画像に写った文字を読んでください
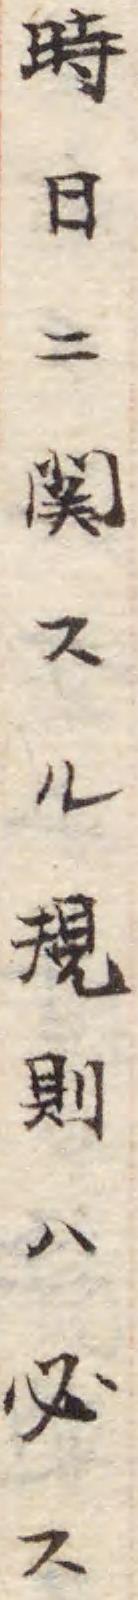
「時日ニ関スル規則ハ必ス」と書いてあります